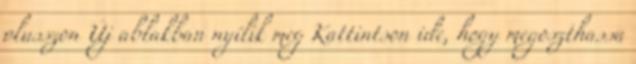
plusszon Új ablakban nyílik meg Kattintson ide, hogy megoszthassa